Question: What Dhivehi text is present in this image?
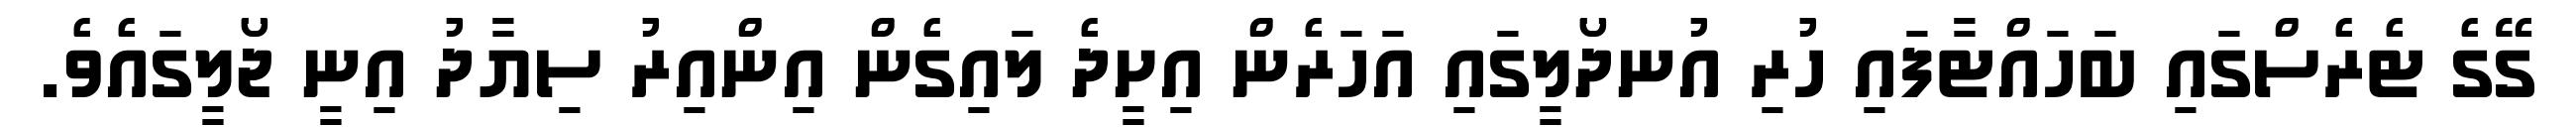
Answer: ގޭގެ ޓެރެސްގައި ބަހައްޓާފައި ހުރި އުނދޯލީގައި އަހަރެން އިށީދެ ލައިގެން އިންއިރު ސިޔާދު އިނީ ޖޯލީގައެވެ.